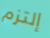
إلتزم